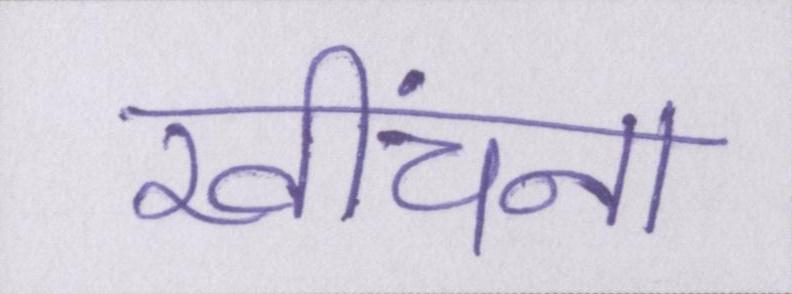
खींचना